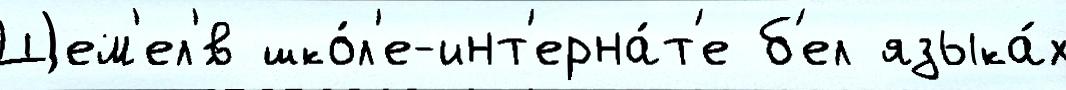
Щем'ел'́в шко́л'е-инт'ерна́т'е б'ел языка́х